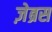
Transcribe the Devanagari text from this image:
ज़ेब्रस